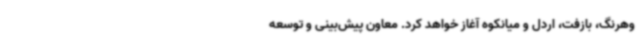
وهرنگ، بازفت، اردل و میانکوه آغاز خواهد کرد. معاون پیش‌بینی و توسعه